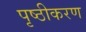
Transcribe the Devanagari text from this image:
पृष्ठीकरण